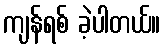
ကျန်ရစ် ခဲ့ပါတယ်။